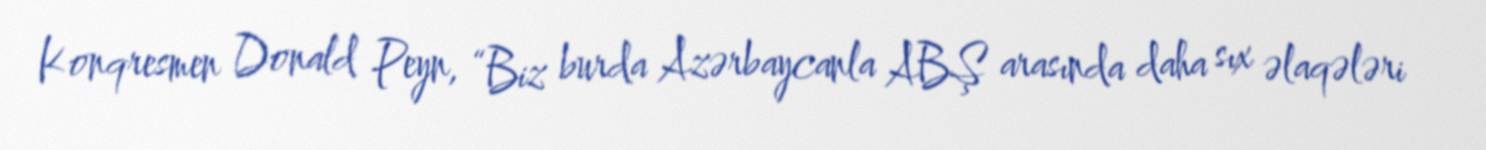
Konqresmen Donald Peyn, “Biz burda Azərbaycanla ABŞ arasında daha sıx əlaqələri